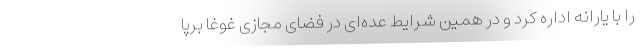
را با یارانه اداره کرد و در همین شرایط عده‌ای در فضای مجازی غوغا برپا